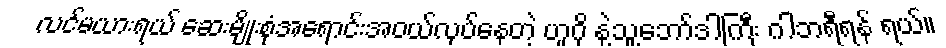
လင်မယားရယ် ဆေးမျိုးစုံအရောင်းအဝယ်လုပ်နေတဲ့ ဟူဂို နဲ့သူ့ဘော်ဒါကြီး ဂါဘရီရန် ရယ်။